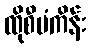
ထိုစီမံကိန်း